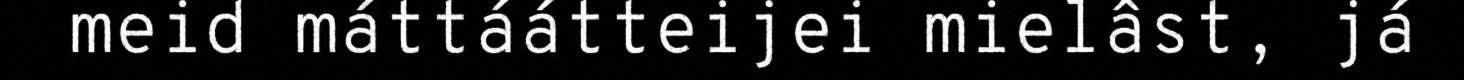
meid máttáátteijei mielâst, já